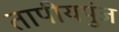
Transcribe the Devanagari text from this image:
तापीयपुंज